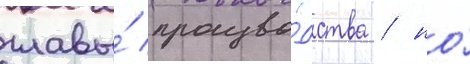
главы́ произво́дства / но́